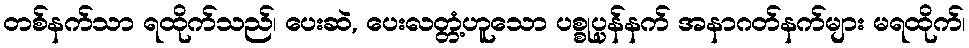
တစ်နက်သာ ရထိုက်သည်၊ ပေးဆဲ, ပေးလတ္တံ့ဟူသော ပစ္စုပ္ပန်နက် အနာဂတ်နက်များ မရထိုက်၊